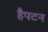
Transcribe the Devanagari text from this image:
हैपटन